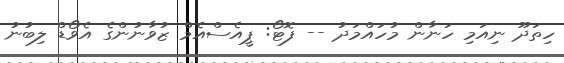
ހިތަދޫ ނިއަމި ހަނާން މުހައްމަދު -- ފޮޓޯ: ޕީއެސްއެމް ޒުވާނުންގެ އެވޯޑް ލިބުނު